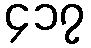
၄၁၇